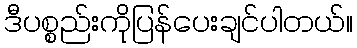
ဒီပစ္စည်းကိုပြန်ပေးချင်ပါတယ်။